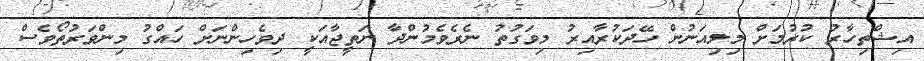
އިޝްތިހާރު ކުރުމަށް މިލިއަނުން ހޭދަކުރާއިރު މިވަގުތު ނެރެވެމުންދާ ނަތީޖާއަކީ ދިވެހިންނަށް ހައްގު މިންވަރުތޯވެސް